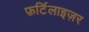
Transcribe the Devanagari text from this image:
फ़र्टिलाइज़र